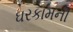
ઘરકામની